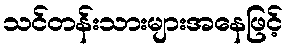
သင်တန်းသားများအနေဖြင့်